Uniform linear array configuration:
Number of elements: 16
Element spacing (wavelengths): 0.5
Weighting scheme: kaiser
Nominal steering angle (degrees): -45
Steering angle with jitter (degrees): -45.98
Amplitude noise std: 0.05
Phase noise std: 0.05

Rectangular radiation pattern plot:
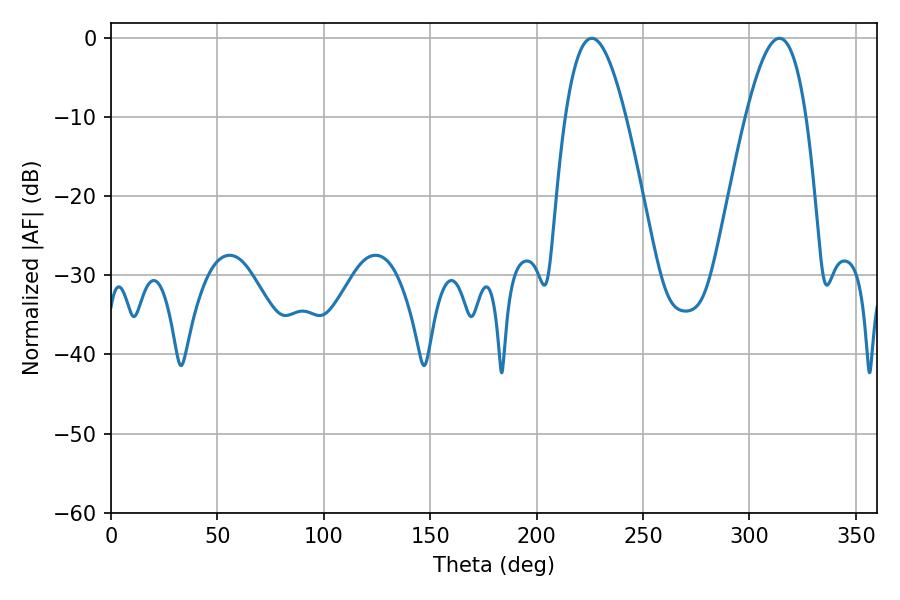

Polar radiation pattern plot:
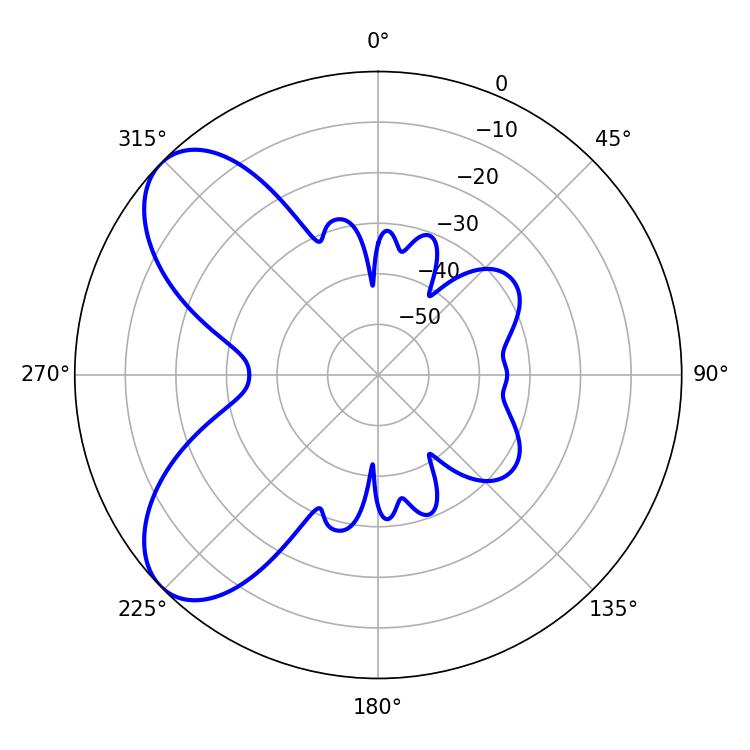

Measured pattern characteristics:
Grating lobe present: FALSE
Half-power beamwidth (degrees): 15.48
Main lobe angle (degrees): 225.9